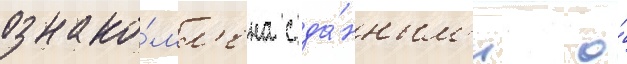
ознако́мл'ена с да́нным'и о́